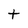
Character: t